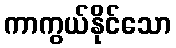
ကာကွယ်နိုင်သော